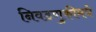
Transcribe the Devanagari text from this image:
निवडणुकीमधे